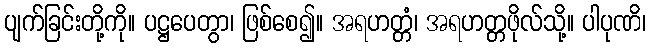
ပျက်ခြင်းတို့ကို။ ပဋ္ဌပေတွာ၊ ဖြစ်စေ၍။ အရဟတ္တံ၊ အရဟတ္တဖိုလ်သို့။ ပါပုဏိ၊